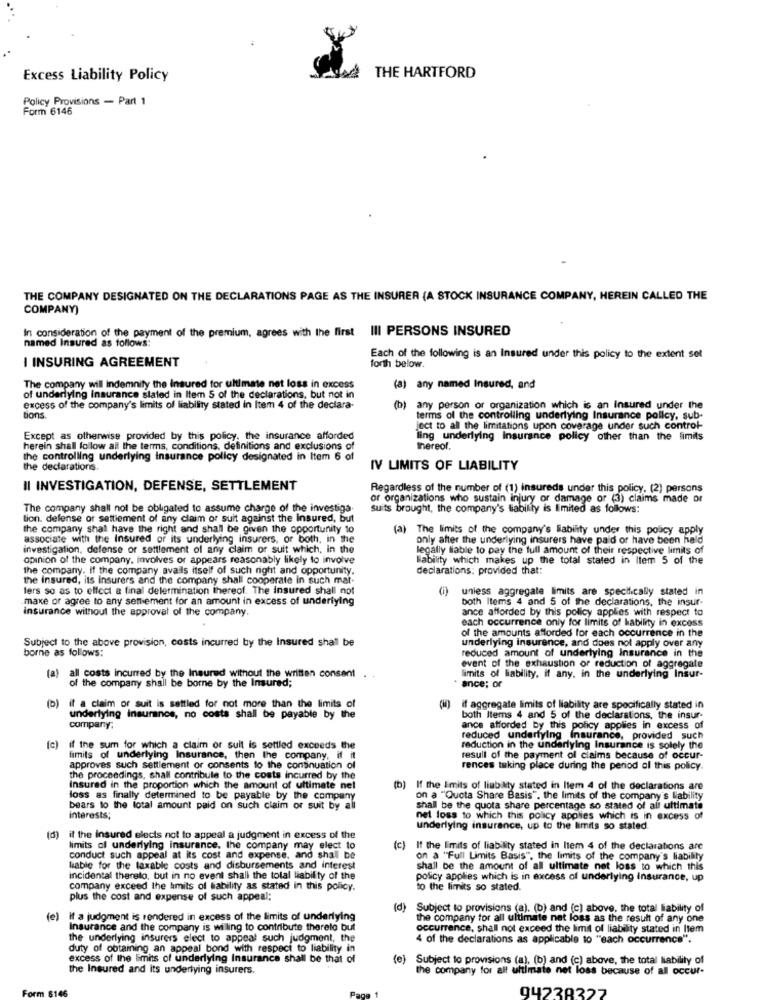
Excess Liability Policy
THE HARTFORD
Policy Provisions - Part 1
Form 6146
THE COMPANY DESIGNATED ON THE DECLARATIONS PAGE AS THE INSURER (A STOCK INSURANCE COMPANY, HEREIN CALLED THE
COMPANY)
In consideration of the payment of the premium, agrees with the first
III PERSONS INSURED
named Insured as follows:
I INSURING AGREEMENT
Each of the following is an Insured under this policy to the extent set
forth below.
The company will Indemnity the Insured for ultimate net loss in excess
(a) any named Insured, and
of underlying Insurance slated in Item 5 of the declarations, but not in
excess of the company's limits of liability stated in Item 4 of the declara-
(b) any person or organization which is an Insured under the
tions
terms of the controlling underlying Insurance policy, sub-
Ject to all the limitations upon coverage under such control-
Except as otherwise provided by this policy. the insurance afforded
ling underlying insurance policy other than the limits
herein shall follow all the terms, conditions, definitions and exclusions of
thereof.
the controlling underlying insurance policy designated in Item 6 of
the declarations.
IV LIMITS OF LIABILITY
Il INVESTIGATION, DEFENSE, SETTLEMENT
Regardless of the number of (1) insureds under this policy. (2) persons
or organizations who sustain injury or damage or (3) claims made or
The company shall not be obligated to assume charge of the investiga.
suits brought, the company's tiabilly is Emited as follows:
tion. defense or settlement of any claim or suit against the Insured, but
the company shall have the right and shall be given the opportunity to
(a) The limits of the company's liability under this policy apply
associate with the Insured or its underlying insurers, or both, in the
only after the underlying insurers have paid or have been hald
investigation, defense or settlement of any claim or suit which, in the
legally liable to pay the full amount of their respective limits of
opinion of the company, involves or appears reasonably likely to involve
Wability which makes up the total stated in Item 5 of the
the company. If the company avails itself of such right and opportunity.
declarations: provided that:
the insured, its insurers and the company shall cooperate in such mat-
lers so as to effect a final delermination thereof. The insured shall not
unless aggregate limits are specifically stated in
maxe or agree to any sentiement for an amount in excess of underlying
both Items 4 and 5 of the declarations, the insur-
insurance without the approval of the company.
ance afforded by this policy applies with respect to
each occurrence only for limits of kability in excess
of the amounts afforded for each occurrence in the
Subject to the above provision, costs incurred by the Insured shall be
borne as follows:
reduced amount of underlying Insurance in the
underlying insurance, and does not apply over any
event of the exhaustion of reduction of aggregate
(a)
all costs incurred by the Insured without the written consent . .
limits of liability, if any, in the underlying Insur-
of the company shall be borne by the Insured;
ance; or
(b) if a claim or suit is settled for not more than the limits of
if aggregate limits of liability are specifically stated in
underlying insurance, no costs shall be payable by the
both Items 4 and 5 of the declarations, the insur-
company:
ance afforded by this policy applies in excess of
reduced underlying insurance, provided such
[c) if the sum for which a claim or suit is settled exceeds the
reduction in the underlying Insurance is solely the
fimils of underlying Insurance, then the company, if it
resull of the payment of claims because of occur-
approves such settlement or consents to the continuation of
rences taking place during the period of this policy.
the proceedings, shall contribute to the costs incurred by the
(b)
Insured in the proportion which the amount of ultimate nel
If the limits of liability stated in Item 4 of the declarations are
loss as finally determined to be payable by the company
on a "Quota Share Basis", the limits of the company's liability
bears to the total amount paid on such claim or suit by all
shall be the quota share percentage so stated of all ultimate
interests;
net loss to which this policy applies which is in excess of
(d)
underlying insurance, up to the limits so stated
il the insured elects not to appeal a judgment in excess of the
limits cl underlying insurance, the company may elect to
(c) If the limits of liability stated in liem 4 of the declarations are
conduct such appeal at its cost and expense, and shall be
on a "Full Limits Basis", the limits of the company's liability
kable for the taxable costs and disbursements and interest
shall be the amount of all ultimate net loss to which this
incidental thereto, but in no event shall the total liability of the
policy applies which is in excess of underlying Insurance, up
company exceed the limits of liability as stated in this policy.
to the limits so stated.
plus the cost and expense of such appeal;
(d)
Subject to provisions (a). (b) and (c) above, the total liability of
(e)
If a judgment is rendered in excess of the limits of underlying
the company for all ultimate net loss as the result of any one
Insurance and the company is willing to contribute therelo but
occurrence, shall not exceed the limit of liability stated in Item
the underlying insurers elect to appeal such judgment, the
4 of the declarations as applicable to "each occurrence".
duty of obtaining an appeal bond with respect to liability in
excess of the limits of underlying Insurance shall be that of
(e) Subject to provisions (a), (b) and (c) above, the total liability of
the Insured and its underlying insurers.
the company for all ultimate net loss because of all occur.
94738327